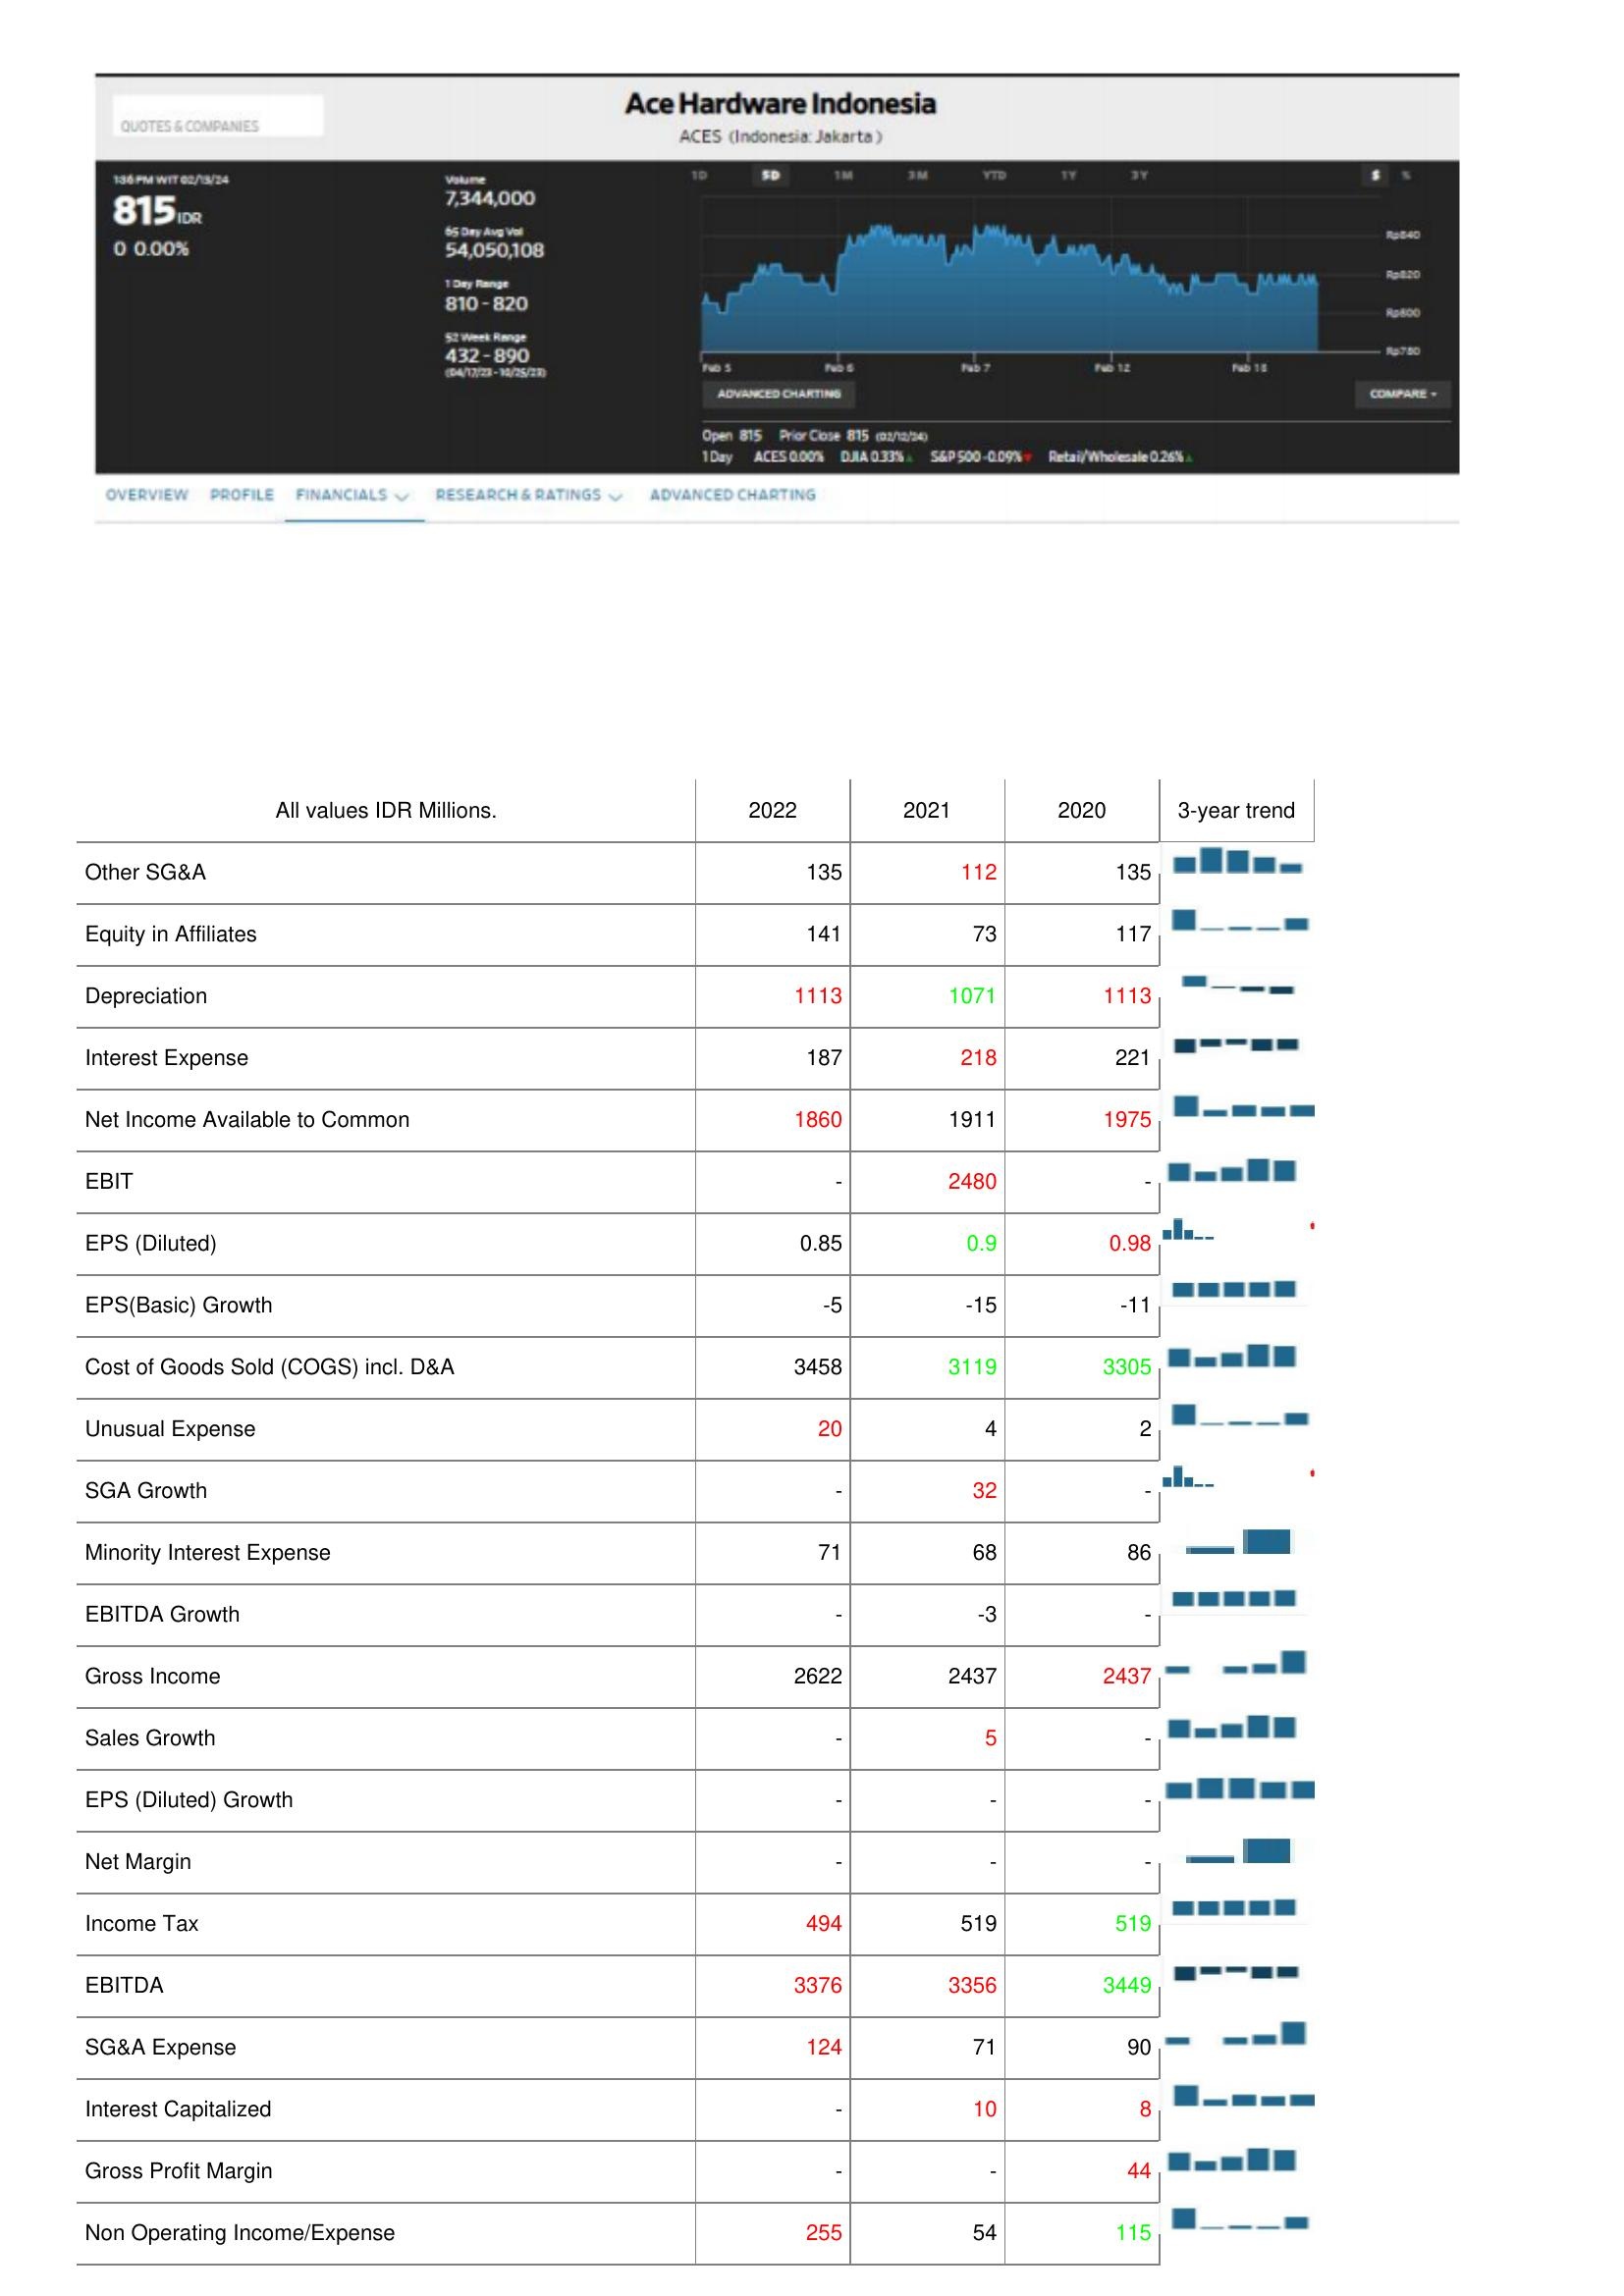
2022: : Other SG&A: 135
Equity in Affiliates: 141
Depreciation: 1113
Interest Expense: 187
Net Income Available to Common: 1860
EBIT: -
EPS (Diluted): 0.85
EPS(Basic) Growth: -5
Cost of Goods Sold (COGS) incl. D&A: 3458
Unusual Expense: 20
SGA Growth: -
Minority Interest Expense: 71
EBITDA Growth: -
Gross Income: 2622
Sales Growth: -
EPS (Diluted) Growth: -
Net Margin: -
Income Tax: 494
EBITDA: 3376
SG&A Expense: 124
Interest Capitalized: -
Gross Profit Margin: -
Non Operating Income/Expense: 255
2021: : Other SG&A: 112
Equity in Affiliates: 73
Depreciation: 1071
Interest Expense: 218
Net Income Available to Common: 1911
EBIT: 2480
EPS (Diluted): 0.9
EPS(Basic) Growth: -15
Cost of Goods Sold (COGS) incl. D&A: 3119
Unusual Expense: 4
SGA Growth: 32
Minority Interest Expense: 68
EBITDA Growth: -3
Gross Income: 2437
Sales Growth: 5
EPS (Diluted) Growth: -
Net Margin: -
Income Tax: 519
EBITDA: 3356
SG&A Expense: 71
Interest Capitalized: 10
Gross Profit Margin: -
Non Operating Income/Expense: 54
2020: : Other SG&A: 135
Equity in Affiliates: 117
Depreciation: 1113
Interest Expense: 221
Net Income Available to Common: 1975
EBIT: -
EPS (Diluted): 0.98
EPS(Basic) Growth: -11
Cost of Goods Sold (COGS) incl. D&A: 3305
Unusual Expense: 2
SGA Growth: -
Minority Interest Expense: 86
EBITDA Growth: -
Gross Income: 2437
Sales Growth: -
EPS (Diluted) Growth: -
Net Margin: -
Income Tax: 519
EBITDA: 3449
SG&A Expense: 90
Interest Capitalized: 8
Gross Profit Margin: 44
Non Operating Income/Expense: 115